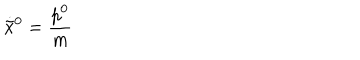
LaTeX: \dot { \tilde { x } } { } ^ { 0 } = \frac { p ^ { 0 } } { m }